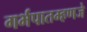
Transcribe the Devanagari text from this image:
गर्भपातम्हणजे